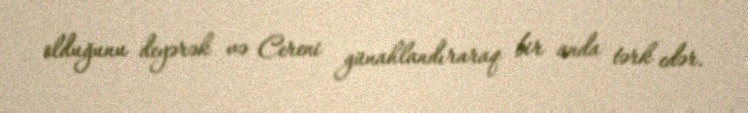
olduğunu deyərək və Cereni günahlandıraraq bir anda tərk edər.